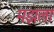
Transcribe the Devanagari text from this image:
मझला